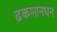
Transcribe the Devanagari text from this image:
ढकमानघन